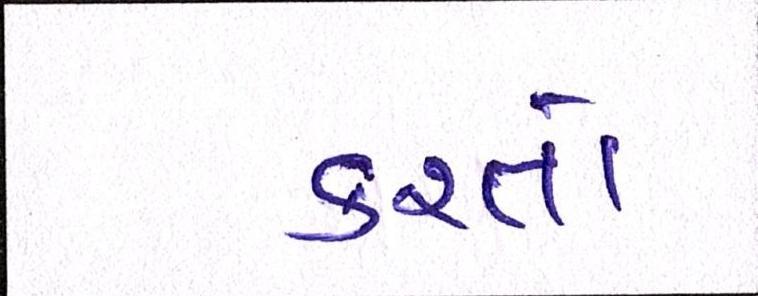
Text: કરતો